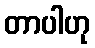
တာပါဟု